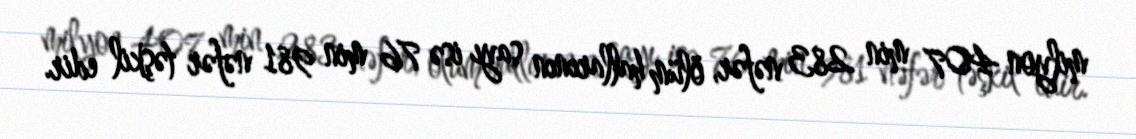
milyon 407 min 283 nəfər, ölüm hallarının sayı isə 76 min 981 nəfər təşkil edir.